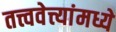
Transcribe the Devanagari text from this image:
तत्त्ववेत्त्यांमध्ये